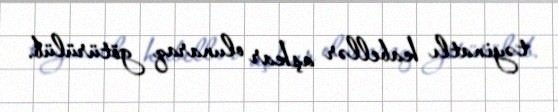
təyinatlı kabellər aşkar olunaraq götürülüb.